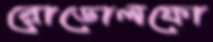
রোডোলফো